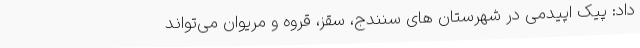
داد: پیک اپیدمی در شهرستان های سنندج، سقز، قروه و مریوان می‌تواند